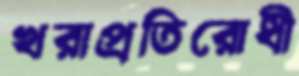
খরাপ্রতিরোধী